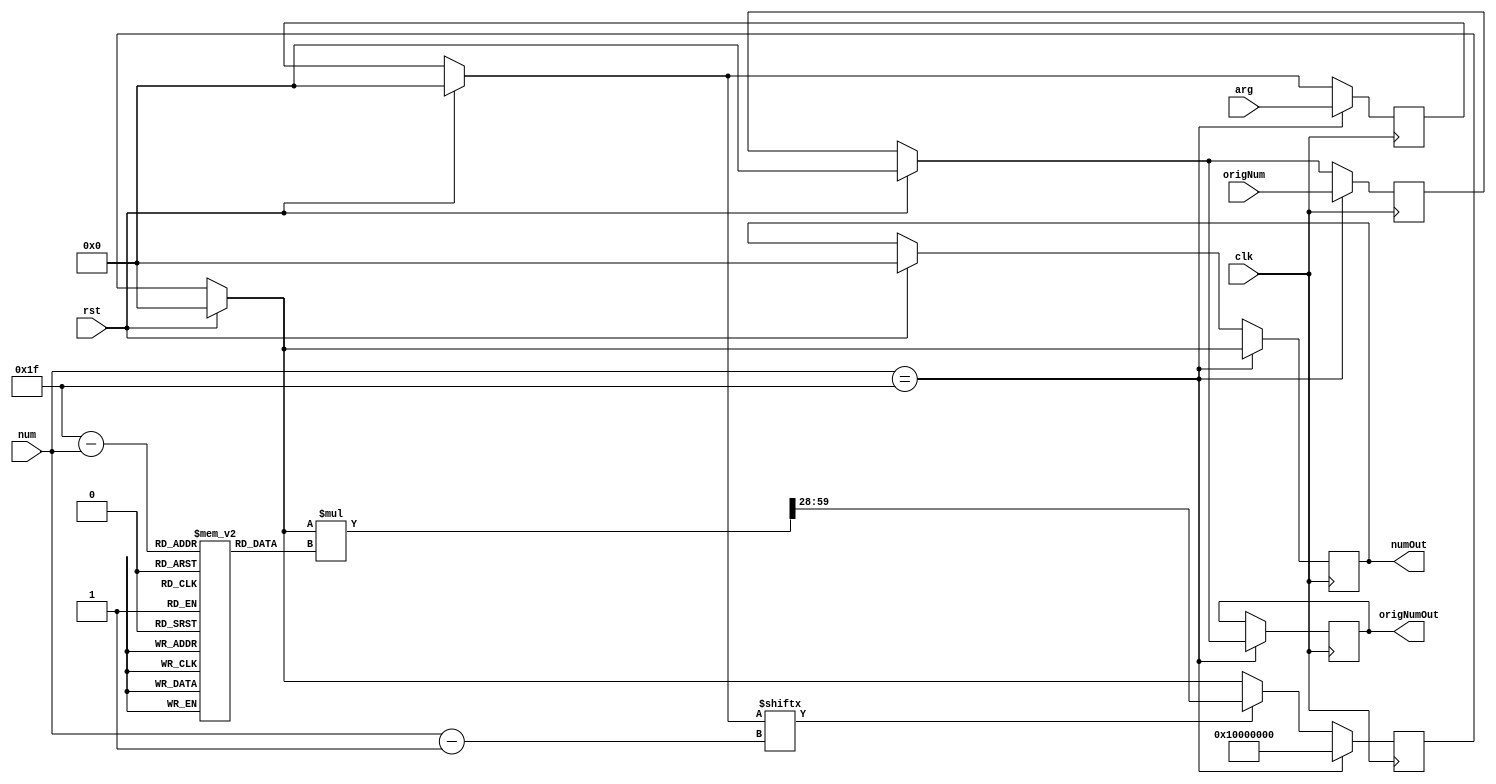
`timescale 1ns / 100ps


module exp_x(
    input rst,
    input clk,
    input [31:0] arg, 
    input [4:0] num, //number from counter to obtain values from the lookup table.
    input [31:0] origNum,
    output reg [31:0] origNumOut,
    output reg [31:0] numOut
);
    
    //Note: arg takes the form of a 8.24 fixed point number, as I only want to generate z-scores between 0 and 8 (signed 2's comp)
    
    //The following code creates a LUT filled with predefined values of e^x
    reg [31:0] lut [30:0]; //31 values of e^-x in 4.28 fixed point approximations
    reg [31:0] argState;
    reg [31:0] state;
    reg [31:0] origNumState;
    
    initial begin
        
        lut[0] = 32'h00000000;    //e^-64
        lut[1] = 32'h00000000;
        lut[2] = 32'h0000001E;
        lut[3] = 32'h00015FC2;
        lut[4] = 32'h004B0556; //e^-4
        lut[5] = 32'h022A5554;
        lut[6] = 32'h05E2D58D;
        lut[7] = 32'h09B4597E;
        lut[8] = 32'h0C75F7CF;
        lut[9] = 32'h0E1EB512;
        lut[10] = 32'h0F07D5FD;
        lut[11] = 32'h0F81FAB5;
        lut[12] = 32'h0FC07F55;
        lut[13] = 32'h0FE01FEA;
        lut[14] = 32'h0FF007FD;
        lut[15] = 32'h0FF801FF;
        lut[16] = 32'h0FFC007F;
        lut[17] = 32'h0FFE0020;
        lut[18] = 32'h0FFF8001;
        lut[19] = 32'h0FFF8001;
        lut[20] = 32'h0FFFC000;
        lut[21] = 32'h0FFFE000;
        lut[22] = 32'h0FFFEFFF;
        lut[23] = 32'h0FFFF800;
        lut[24] = 32'h0FFFFBFF;
        lut[25] = 32'h0FFFFE00;
        lut[26] = 32'h0FFFFEFF;
        lut[27] = 32'h0FFFFF7F;
        lut[28] = 32'h0FFFFFC0;
        lut[29] = 32'h0FFFFFE0;
        lut[30] = 32'h0FFFFFEF; //e^-2^24

    
    end
    
    always @(posedge clk) begin
        if(rst == 1'b1) begin
            state = 32'h00000000;
            numOut = 32'h00000000;
            argState = 32'h00000000;
            origNumState = 32'h00000000;
        end
        //before the counter resets, the finished number shows up on the output and then the new number gets shuffled in
        //this is done because 31 is the only number not used by the LUT
        if(num == 5'b11111) begin
            numOut <= state;
            state <= 32'h10000000; //this is 1 in 4.28 fixed point notation. Everything else gets multiplied to this
            argState = arg;
            origNumOut <= origNumState;
            origNumState <= origNum;
        end
        else begin
            if(argState[num - 1] == 1'b1) begin //the multiply only executes if there is a 
                state = {{32'd0, state} * lut[31 - num]} >> 28; //accumulated multiply, gets 32 msb's (see e_x_preprocess for why this line looks like this)
            end
        end
    end

endmodule